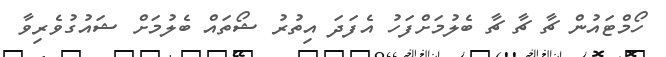
ހޯމްޓައުން ޗާ ޗާ ޗާ ބެލުމަށްފަހު އެފަދަ އިތުރު ޝޯތައް ބެލުމަށް ޝައުގުވެރިވާ